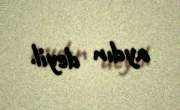
aydın deyil.